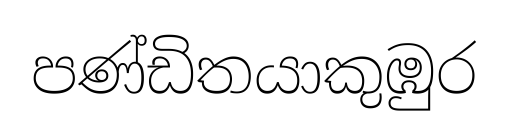
පණ්ඩිතයාකුඹුර